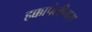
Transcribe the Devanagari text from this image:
हक्कापेलीत्तास